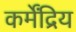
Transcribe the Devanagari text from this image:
कर्मेंद्रिय